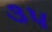
૩પ